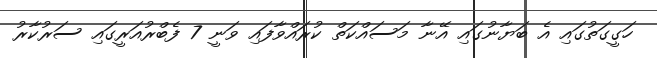
ހަގީގަތުގައި އެ ބަޔާނުގައި އޭނާ މަސައްކަތް ކުރައްވާފައި ވަނީ 7 ފެބްރުއަރީގައި ސަރުކާރު